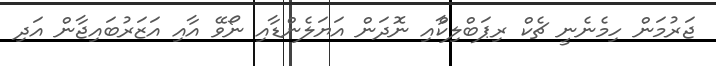
ޖަރުމަން ހިމެނެނީ ޗެކް ރިޕަބްލިކްާއި ނޮދަން އަޔަލެންޑާއި ނޯވޭ އާއި އަޒަރުބައިޖާން އަދި